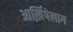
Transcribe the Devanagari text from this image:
आर्ख़िपेलाग